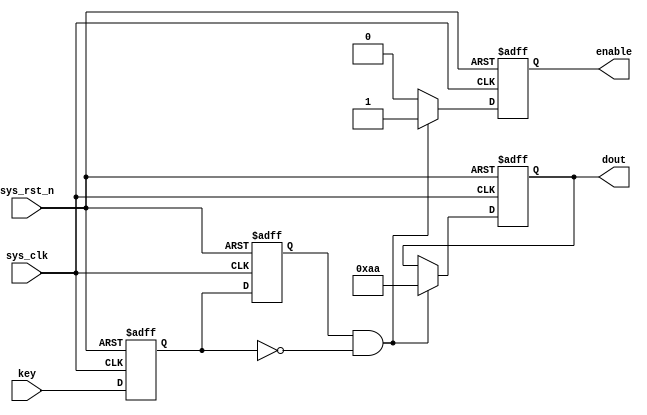
//--------------------------------------------
// Module Name: uart_send_source
// Supply the data source for send
// Created on 2020-11-6
//--------------------------------------------

module uart_send_source(
  input sys_clk,
  input sys_rst_n,
  input key,
  output reg enable,
  output reg [7:0] dout
);

reg d0, d1;
wire flag;

assign flag = d1 && (~d0);

always @(posedge sys_clk, negedge sys_rst_n) begin
  if(!sys_rst_n) begin
    d0 <= 1'b0;
    d1 <= 1'b0;
  end
  else begin
    d0 <= key;
    d1 <= d0;
  end
end

always @(posedge sys_clk, negedge sys_rst_n) begin
  if(!sys_rst_n) begin
    enable <= 1'b0;
    dout <= 8'd0;
  end
  else begin
    if(flag == 1'b1) begin
      enable <= 1'b1;
      dout <= 8'b1010_1010;
    end
    else begin
      enable <= 1'b0;
      dout <= dout;
    end
  end
end


endmodule